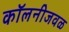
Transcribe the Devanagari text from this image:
कॉलनीजवळ